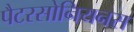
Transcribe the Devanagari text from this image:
पैटरसोनियनस